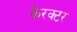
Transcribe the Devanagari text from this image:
कैरक्टर